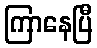
ကြာနေပြီ